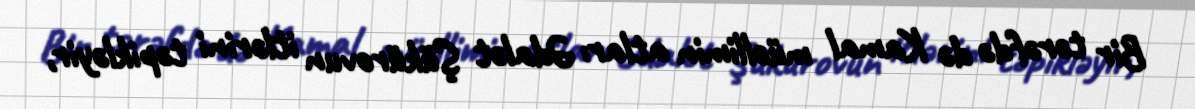
Bir tərəfdə də Kamal müəllimin atları Ədalət Şükürovun itlərini təpikləyir,